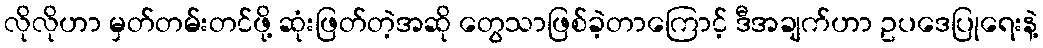
လိုလိုဟာ မှတ်တမ်းတင်ဖို့ ဆုံးဖြတ်တဲ့အဆို တွေသာဖြစ်ခဲ့တာကြောင့် ဒီအချက်ဟာ ဥပဒေပြုရေးနဲ့